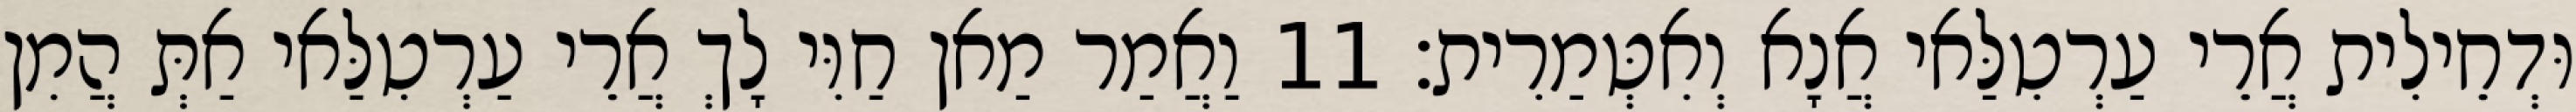
וּדְחֵילִית אֲרֵי עַרְטִלַּאי אֲנָא וְאִטְּמַרִית׃ 11 וַאֲמַר מַאן חַוִּי לָךְ אֲרֵי עַרְטִלַּאי אַתְּ הֲמִן